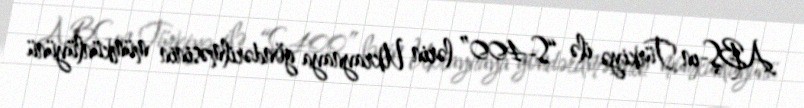
ABŞ-ın Türkiyə ilə “S-400” lərin Ukraynaya göndərilməsinin mümkünlüyünü